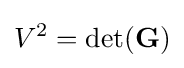
V^{2}=\det(\mathbf {G} )